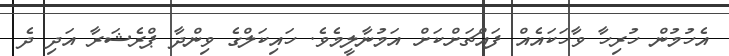
އެހުމުން ހުރިހާ ވާހަކައެއް ފައްޗަށްކަށް އަމުނާލީމެވެ. ހައިކަލްގެ ވިންދާ ޕްރެޝަރާ އަދި ދެ